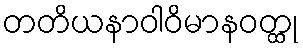
တတိယနာဝါဝိမာနဝတ္ထု